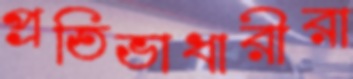
প্রতিভাধারীরা